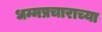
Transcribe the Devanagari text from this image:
धम्मप्रचाराच्या